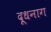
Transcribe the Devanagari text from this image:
दूधनाग